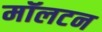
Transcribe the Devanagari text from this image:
मॉलटन